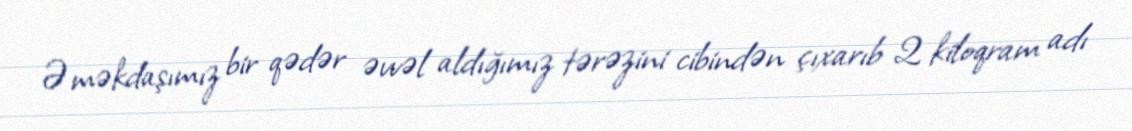
Əməkdaşımız bir qədər əvvəl aldığımız tərəzini cibindən çıxarıb 2 kiloqram adı